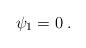
LaTeX: \begin{align*}\psi_1 = 0 \;.\end{align*}